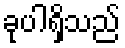
ခုပါရှိသည်